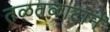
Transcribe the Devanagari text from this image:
तळतळाटानें